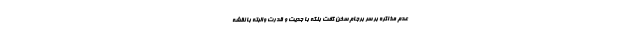
عدم مذاكره بر سر برجام سخن گفت بلكه با جديت و قدرت والبته با نقشه